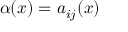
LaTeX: \alpha ( x ) = a _ { i j } ( x )